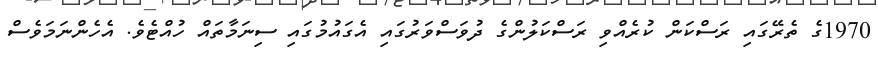
1970ގެ ތެރޭގައި ރަސްކަން ކުރެއްވި ރަސްކަލުންގެ ދުވަސްވަރުގައި އެގައުމުގައި ސިނަމާތައް ހުއްޓެވެ. އެހެންނަމަވެސް